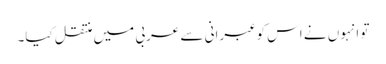
تو انہوں نے اس کو عبرانی سے عربی میں منتقل کیا۔